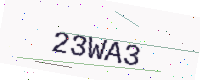
Text: 23WA3